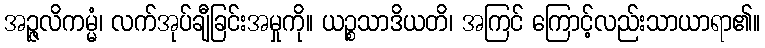
အဉ္ဇလိကမ္မံ၊ လက်အုပ်ချီခြင်းအမှုကို။ ယဉ္စသာဒိယတိ၊ အကြင် ကြောင့်လည်းသာယာရာ၏။